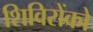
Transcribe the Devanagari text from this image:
शिविरोंको